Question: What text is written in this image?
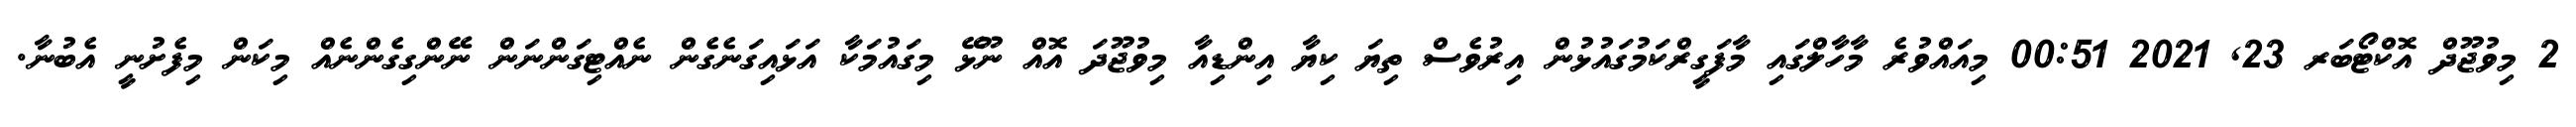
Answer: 2 މިވުޖޫދް އޮކްޓޯބަރ 23, 2021 00:51 މިއައްވުރެ މާހާލްގައި މާފަގީރްކަމުގައުޅުން އިރުވެސް ތިޔަ ކިޔާ އިންޑިއާ މިވުޖޫދަ އޮއް ނޫޅޭ މިގައުމަކާ އަޅައިގަނެގެން ނެއްޓިގަންނަން ނޭންގިގެންނެއް މިކަން މިފެށުނީ އެބުނާ.